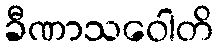
ခီဏာသဝေါတိ